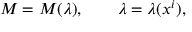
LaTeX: M = M ( \lambda ) , \qquad \lambda = \lambda ( x ^ { i } ) ,